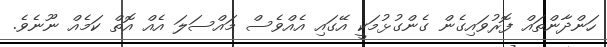
ހަންދާންތައް ފޮރުވައިގެން ގެންގުޅުމަކީ އޭގައި އެއްވެސް މައްސަލަ އެއް އޮތް ކަމެއް ނޫނެވެ.